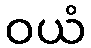
ဝယံ